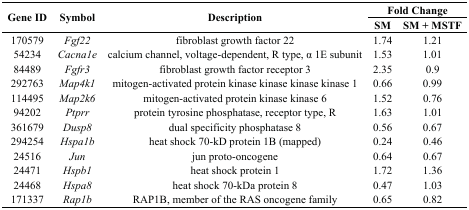
<table><thead><tr><td rowspan="2"><b>Gene ID</b></td><td rowspan="2"><b>Symbol</b></td><td rowspan="2"><b>Description</b></td><td colspan="2"><b>Fold Change</b></td></tr><tr><td><b>SM</b></td><td><b>SM + MSTF</b></td></tr></thead><tbody><tr><td>170579</td><td><i>Fgf22</i></td><td>fibroblast growth factor 22</td><td>1.74</td><td>1.21</td></tr><tr><td>54234</td><td><i>Cacna1e</i></td><td>calcium channel, voltage-dependent, R type, α 1E subunit</td><td>1.53</td><td>1.01</td></tr><tr><td>84489</td><td><i>Fgfr3</i></td><td>fibroblast growth factor receptor 3</td><td>2.35</td><td>0.9</td></tr><tr><td>292763</td><td><i>Map4k1</i></td><td>mitogen-activated protein kinase kinase kinase kinase 1</td><td>0.66</td><td>0.99</td></tr><tr><td>114495</td><td><i>Map2k6</i></td><td>mitogen-activated protein kinase kinase 6</td><td>1.52</td><td>0.76</td></tr><tr><td>94202</td><td><i>Ptprr</i></td><td>protein tyrosine phosphatase, receptor type, R</td><td>1.63</td><td>1.01</td></tr><tr><td>361679</td><td><i>Dusp8</i></td><td>dual specificity phosphatase 8</td><td>0.56</td><td>0.67</td></tr><tr><td>294254</td><td><i>Hspa1b</i></td><td>heat shock 70-kD protein 1B (mapped)</td><td>0.24</td><td>0.46</td></tr><tr><td>24516</td><td><i>Jun</i></td><td>jun proto-oncogene</td><td>0.64</td><td>0.67</td></tr><tr><td>24471</td><td><i>Hspb1</i></td><td>heat shock protein 1</td><td>1.72</td><td>1.36</td></tr><tr><td>24468</td><td><i>Hspa8</i></td><td>heat shock 70-kDa protein 8</td><td>0.47</td><td>1.03</td></tr><tr><td>171337</td><td><i>Rap1b</i></td><td>RAP1B, member of the RAS oncogene family</td><td>0.65</td><td>0.82</td></tr></tbody></table>